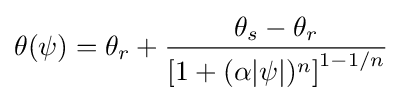
\theta (\psi )=\theta _{r}+{\frac {\theta _{s}-\theta _{r}}{\left[1+(\alpha |\psi |)^{n}\right]^{1-1/n}}}